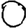
Digit: 0